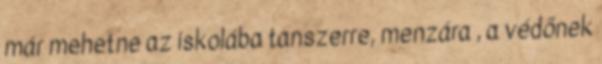
már mehetne az iskolába tanszerre, menzára , a védőnek